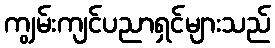
ကျွမ်းကျင်ပညာရှင်များသည်